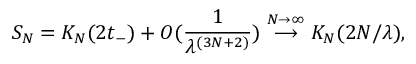
S _ { N } = K _ { N } ( 2 t _ { - } ) + O ( \frac { 1 } { \lambda ^ { ( 3 N + 2 ) } } ) \stackrel { N \rightarrow \infty } { \longrightarrow } K _ { N } ( 2 N / \lambda ) ,